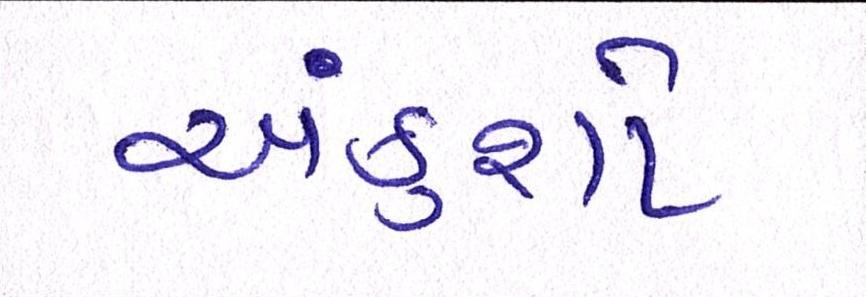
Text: અંકુશો